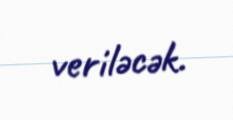
veriləcək.